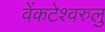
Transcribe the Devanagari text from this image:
वेंकटेश्वरुलु